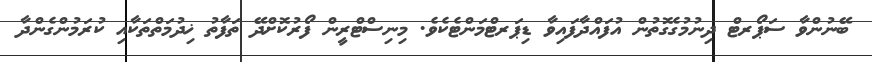
ބޭނުންވާ ސަޕޯރޓް ދިނުމުގެގޮތުން އުފައްދާފައިވާ ޑިޕަރޓްމަންޓެކެވެ. މިނިސްޓްރީން ފޯރުކޮށްދޭ ތަފާތު ޚިދުމަތްތަކާއި ކުރަމުންގެންދާ